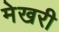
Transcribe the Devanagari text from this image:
मेखरी